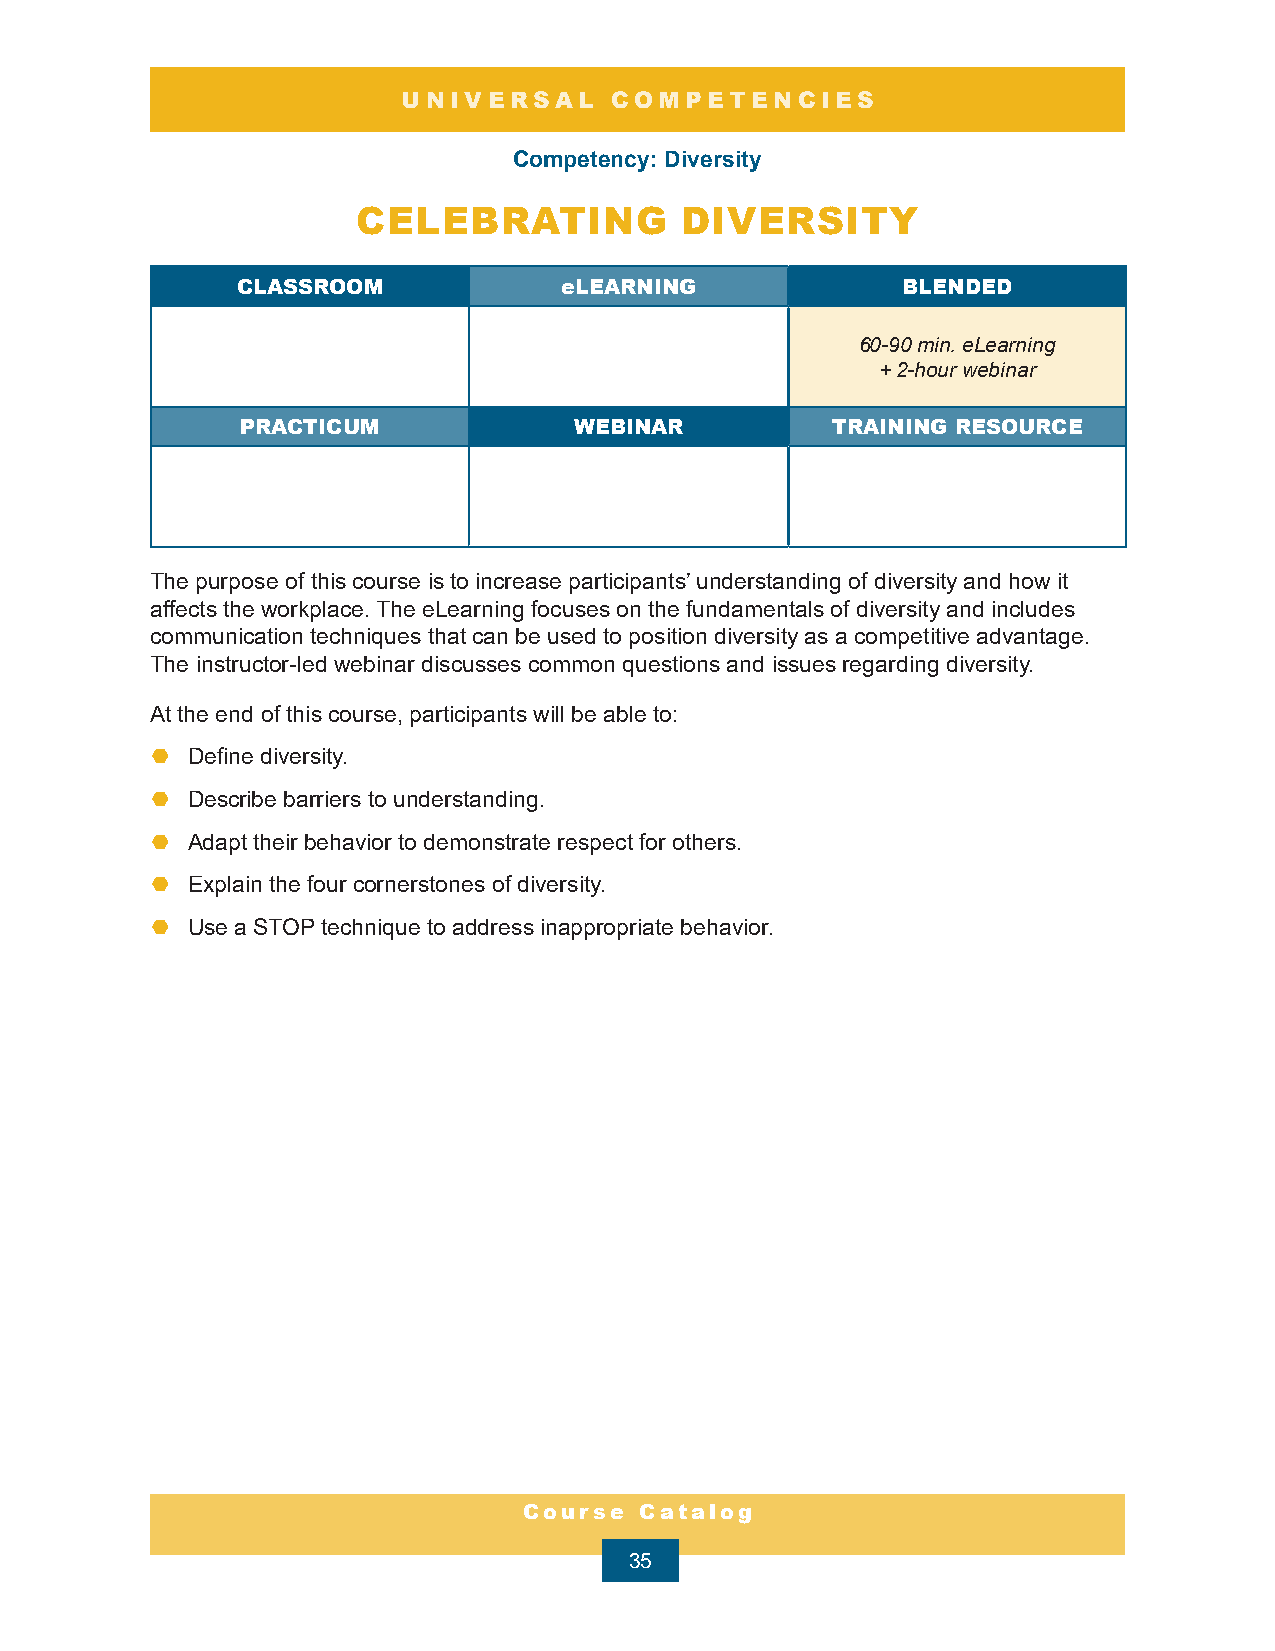
UNIVERSAL    COMPETENCIES
 Competency: Diversity
 CELEBRATING          DIVERSITY
 CLASSROOM            eLEARNING              BLENDED
 60-90 min. eLearning
 + 2-hour webinar
 PRACTICUM             WEBINAR          TRAINING RESOURCE
 The purpose of this course is to increase participants’ understanding of diversity and how it
 affects the workplace. The eLearning focuses on the fundamentals of diversity and includes
 communication techniques that can be used to position diversity as a competitive advantage.
 The instructor-led webinar discusses common questions and issues regarding diversity.
 At the end of this course, participants will be able to:
 ¤ Define diversity.
 ¤ Describe barriers to understanding.
 ¤ Adapt their behavior to demonstrate respect for others.
 ¤ Explain the four cornerstones of diversity.
 ¤ Use a STOP technique to address inappropriate behavior.
 Course Catalog
 35